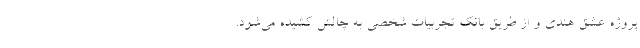
پروژه عشق هندی و از طریق بانک تجربیات شخصی به چالش کشیده می‌شود.